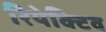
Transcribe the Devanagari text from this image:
रियेक्टिव